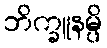
ဘိက္ခူနမ္ပိ